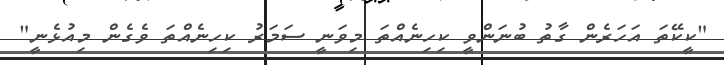
"ކީކޭތަ އަހަރެން ގާތު ބުނަންވީ ކިހިނެއްތަ މިވަނީ ސަމަރު ކިހިނެއްތަ ވެގެން މިއުޅެނީ"